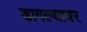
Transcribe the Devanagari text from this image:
डागल्यावर